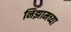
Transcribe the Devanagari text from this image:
निझामच्या